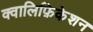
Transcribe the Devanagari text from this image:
क्वालिफ़िकेशन